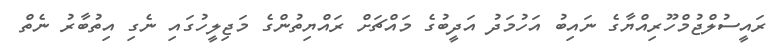
ރައީސުލްޖުމްހޫރިއްޔާގެ ނައިބު އަހުމަދު އަދީބުގެ މައްޗަށް ރައްޔިތުންގެ މަޖިލީހުގައި ނެގި އިތުބާރު ނެތް